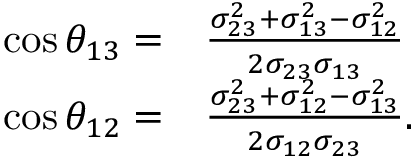
\begin{array} { r l } { \cos \theta _ { 1 3 } = } & { \frac { \sigma _ { 2 3 } ^ { 2 } + \sigma _ { 1 3 } ^ { 2 } - \sigma _ { 1 2 } ^ { 2 } } { 2 \sigma _ { 2 3 } \sigma _ { 1 3 } } } \\ { \cos \theta _ { 1 2 } = } & { \frac { \sigma _ { 2 3 } ^ { 2 } + \sigma _ { 1 2 } ^ { 2 } - \sigma _ { 1 3 } ^ { 2 } } { 2 \sigma _ { 1 2 } \sigma _ { 2 3 } } \mathrm { . } } \end{array}